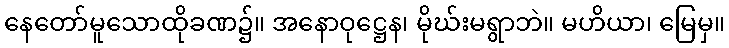
နေတော်မူသောထိုခဏ၌။ အနောဝုဋ္ဌေန၊ မိုဃ်းမရွာဘဲ။ မဟိယာ၊ မြေမှ။